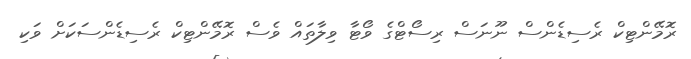
ރޮމޭންޓިކް ރެސިޑެންސް ނޫނަސް ރިސޯޓްގެ ވޯޓާ ވިލާތައް ވެސް ރޮމޭންޓިކް ރެސިޑެންސަކަށް ވަކި